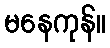
မနေကုန်။